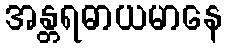
အန္တရဓာယမာနေ